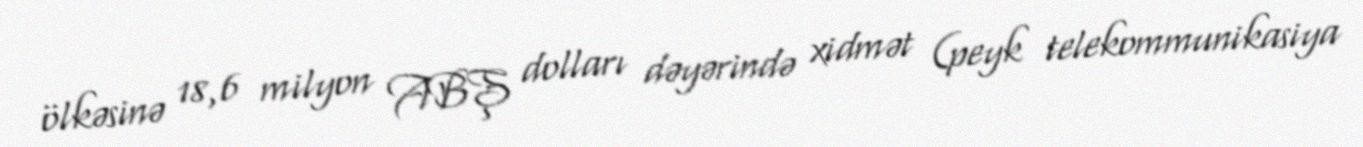
ölkəsinə 18,6 milyon ABŞ dolları dəyərində xidmət (peyk telekommunikasiya